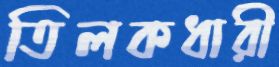
তিলকধারী